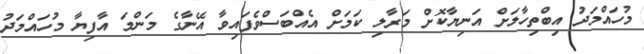
މުހައްމަދު އިބްތިހާލަށް އަނިޔާކޮށް މަރާލި ކަމަށް އެއްބަސްވެފައިވާ އޭނާގެ މަންމަ އާފިޔާ މުހައްމަދު